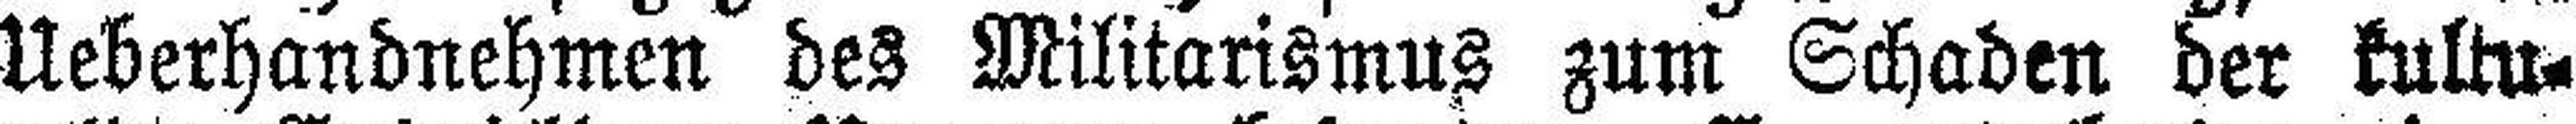
Ueberhandnehmen des Militarismus zum Schaden der kultu¬